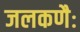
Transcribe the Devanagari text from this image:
जलकणैः